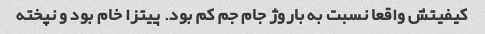
کیفیتش واقعا نسبت به باروژ جام جم کم بود. پیتزا خام بود و نپخته